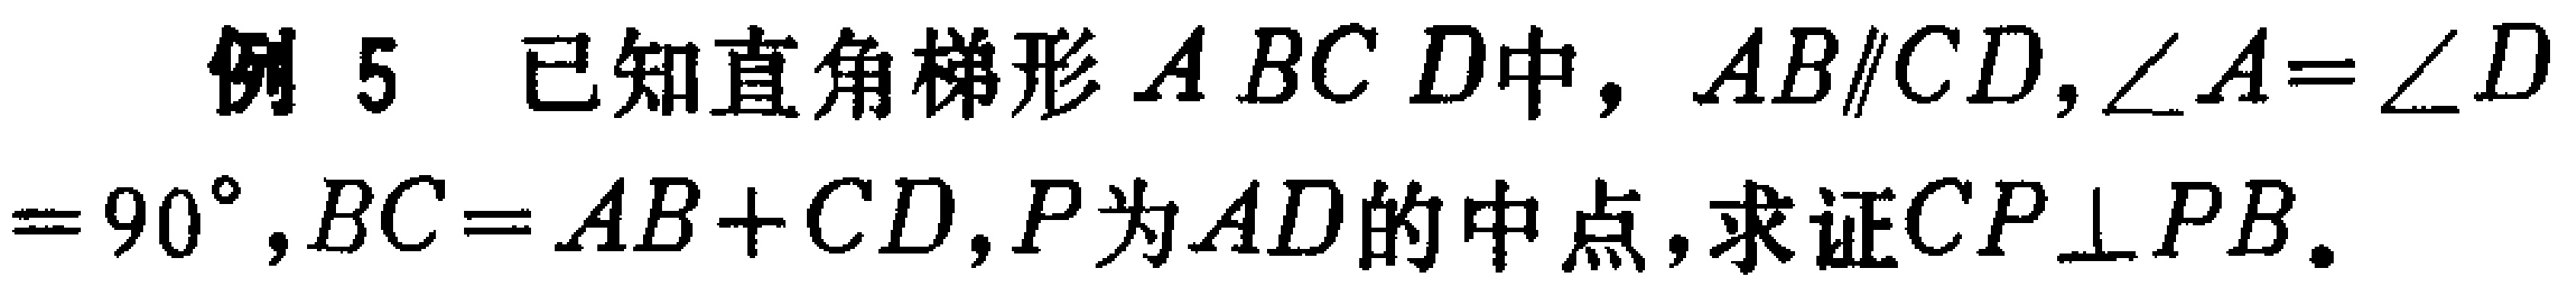
例5 已知直角梯形$ABCD$中，$AB\parallel CD,\angle A = \angle D=90^{\circ},BC = AB + CD,P$为$AD$的中点，求证$CP\perp PB$。